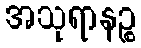
အသုရာနဉ္စ